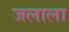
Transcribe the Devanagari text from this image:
जलाला